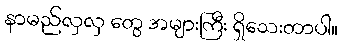
နာမည်လှလှ တွေ အများကြီး ရှိသေးတာပါ။